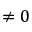
\neq 0